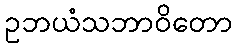
ဥဘယံသဘာဝိတော